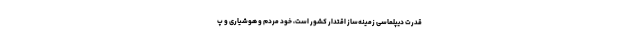
قدرت دیپلماسی زمینه‌ساز اقتدار کشور است، خودِ مردم و هوشیاری و پُ